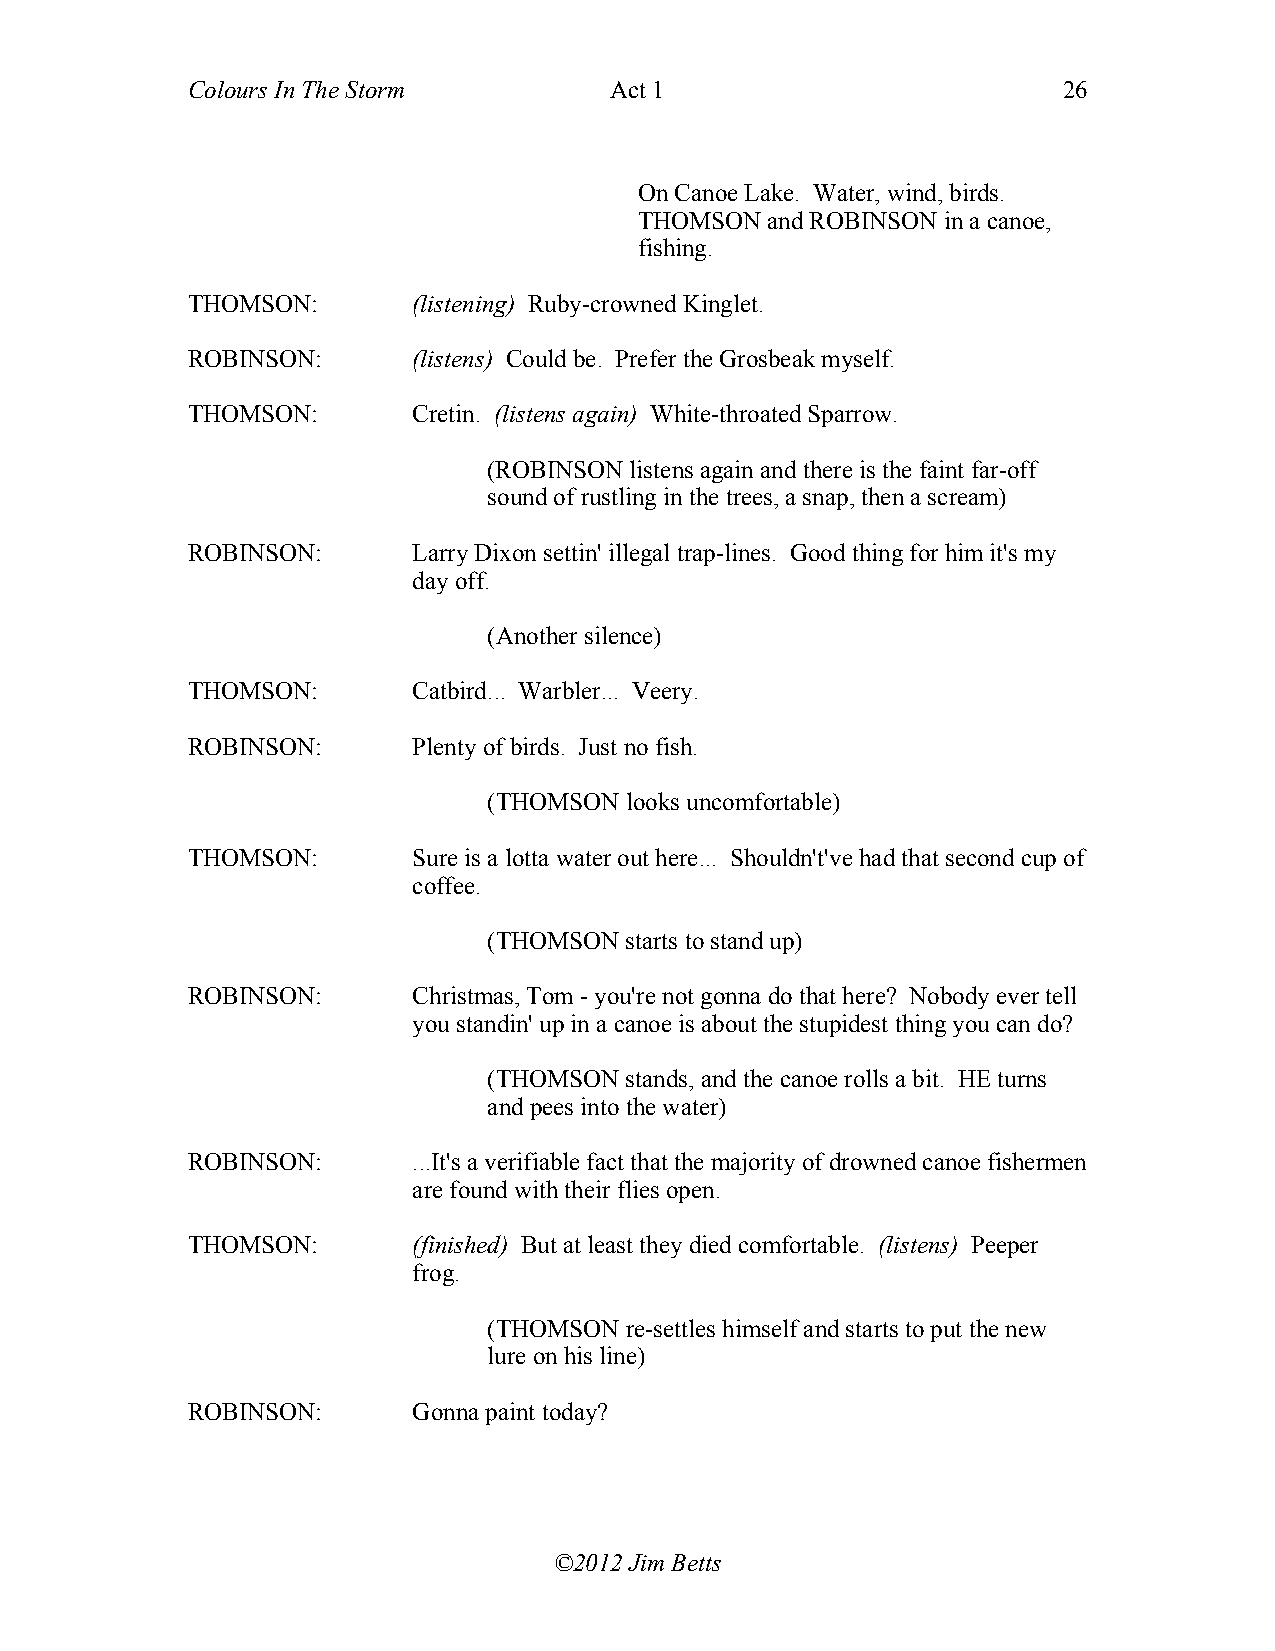
Colours In The Storm        Act 1                         26
 On Canoe Lake. Water, wind, birds.
 THOMSON  and ROBINSON in a canoe,
 fishing.
 THOMSON:       (listening) Ruby-crowned Kinglet.
 ROBINSON:      (listens) Could be. Prefer the Grosbeak myself.
 THOMSON:       Cretin. (listens again) White-throated Sparrow.
 (ROBINSON listens again and there is the faint far-off
 sound of rustling in the trees, a snap, then a scream)
 ROBINSON:      Larry Dixon settin' illegal trap-lines. Good thing for him it's my
 day off.
 (Another silence)
 THOMSON:       Catbird... Warbler... Veery.
 ROBINSON:      Plenty of birds. Just no fish.
 (THOMSON looks uncomfortable)
 THOMSON:       Sure is a lotta water out here... Shouldn't've had that second cup of
 coffee.
 (THOMSON starts to stand up)
 ROBINSON:      Christmas, Tom - you're not gonna do that here? Nobody ever tell
 you standin' up in a canoe is about the stupidest thing you can do?
 (THOMSON stands, and the canoe rolls a bit. HE turns
 and pees into the water)
 ROBINSON:      ...It's a verifiable fact that the majority of drowned canoe fishermen
 are found with their flies open.
 THOMSON:       (finished) But at least they died comfortable. (listens) Peeper
 frog.
 (THOMSON re-settles himself and starts to put the new
 lure on his line)
 ROBINSON:      Gonna paint today?
 ©2012 Jim Betts